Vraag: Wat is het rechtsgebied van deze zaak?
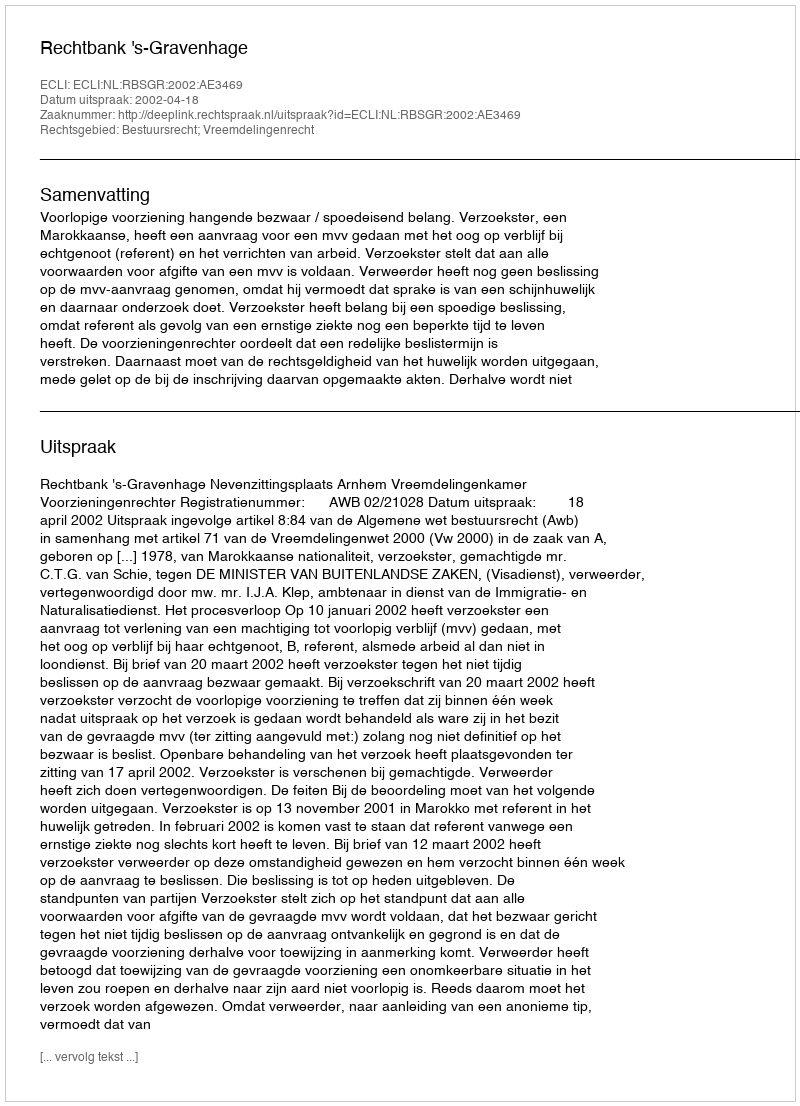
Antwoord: Bestuursrecht; Vreemdelingenrecht